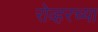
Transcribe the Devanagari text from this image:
रोव्हरच्या